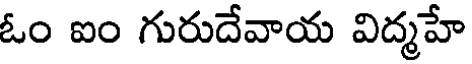
ఓం ఐం గురుదేవాయ విద్మహే